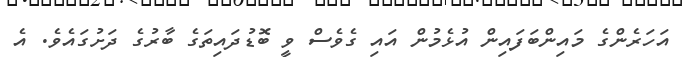
އަހަރެންގެ މައިންބަފައިން އުޅެމުން އައި ގެވެސް ވީ ބޮޑުދައިތަގެ ބާރުގެ ދަށުގައެވެ. އެ